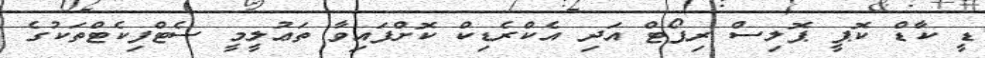
ޑީ ކާޑް ކޮޕީ ޕޮލިސް ރިޕޯޓް އަދި އެކްރެޑިކް ކޮށްފައިވާ ތަޢުލީމީ ސެޓްފިކެޓްތަކުގެ